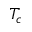
T _ { c }